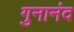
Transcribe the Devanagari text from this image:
गुनानंद